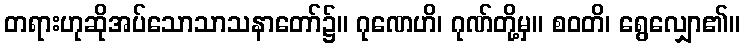
တရားဟုဆိုအပ်သောသာသနာတော်၌။ ဂုဏေဟိ၊ ဂုဏ်တို့မှ။ စဝတိ၊ ရွေလျှော၏။